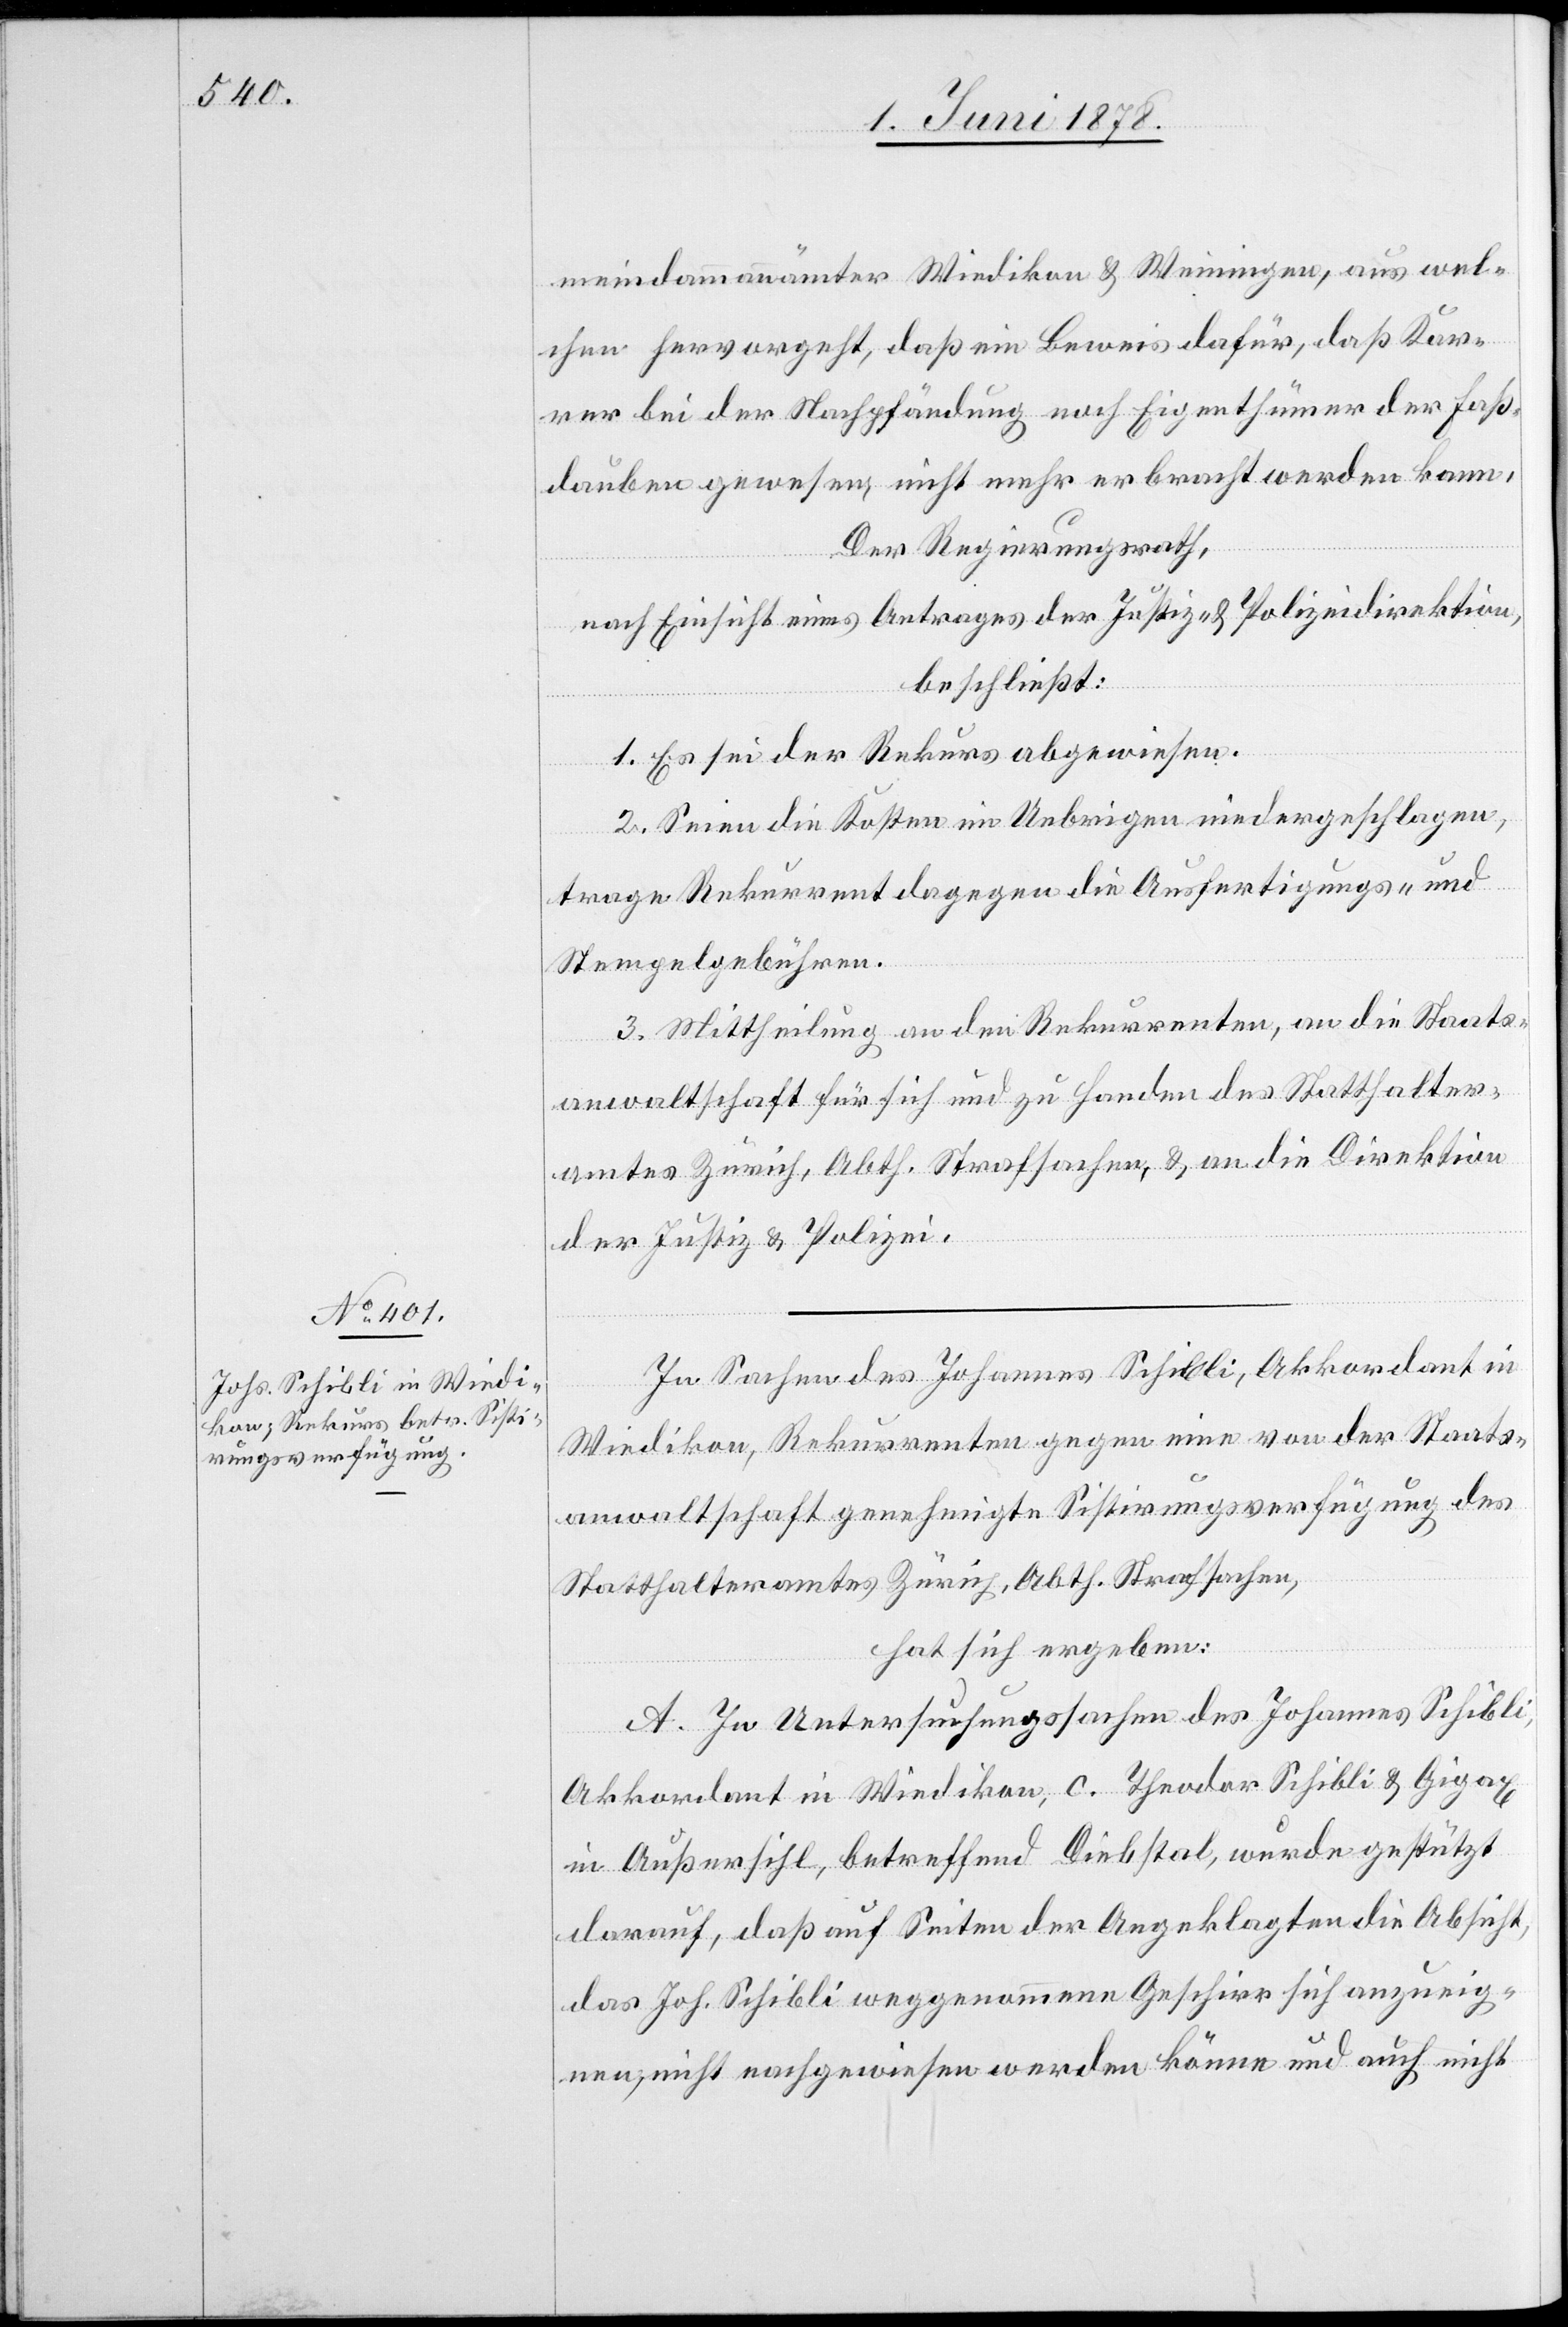
meindammannämter Wiedikon & Weiningen, aus wel¬
chen hervorgeht, daß ein Beweis dafür, daß Kar¬
rer bei der Nachpfändung noch Eigenthümer der Faß¬
dauben gewesen, nicht mehr erbracht werden kann.
Der Regierungsrath,
nach Einsicht eines Antrages der Justiz- & Polizeidirektion,
beschließt:
1. Es sei der Rekurs abgewiesen.
2. Seien die Kosten im Uebrigen niedergeschlagen,
trage Rekurrent dagegen die Ausfertigungs- und
Stempelgebühren.
3. Mittheilung an den Rekurrenten, an die Staats¬
anwaltschaft für sich und zu Handen des Statthalter¬
amtes Zürich, Abth. Strafsachen, & an die Direktion
der Justiz & Polizei.
In Sachen des Johannes Schibli, Akkordant in
Wiedikon, Rekurrenten gegen eine von der Staats¬
anwaltschaft genehmigte Sistirungsverfügung des
Statthalteramtes Zürich, Abth. Strafsachen,
hat sich ergeben:
A. In Untersuchungssachen des Johannes Schibli,
Akkordant in Wiedikon, c. Theodor Schibli & Gigax
in Außersihl, betreffend Diebstal, wurde gestützt
darauf, daß auf Seiten der Angeklagten die Absicht,
das Joh. Schibli weggenommene Geschirr sich anzueig¬
nen, nicht nachgewiesen werden könne und auch nicht